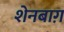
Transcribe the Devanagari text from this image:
शेनबाग़